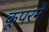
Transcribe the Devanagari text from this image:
कूपरने